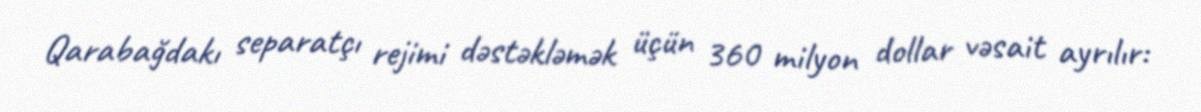
Qarabağdakı separatçı rejimi dəstəkləmək üçün 360 milyon dollar vəsait ayrılır: